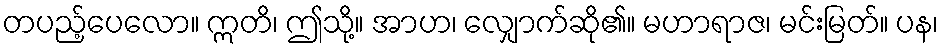
တပည့်ပေလော။ ဣတိ၊ ဤသို့။ အာဟ၊ လျှောက်ဆို၏။ မဟာရာဇ၊ မင်းမြတ်။ ပန၊